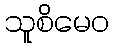
သူစိမေဝ